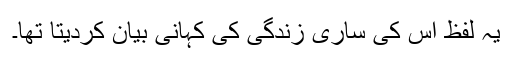
یہ لفظ اس کی ساری زندگی کی کہانی بیان کردیتا تھا۔